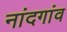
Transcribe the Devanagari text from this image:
नांदगांव